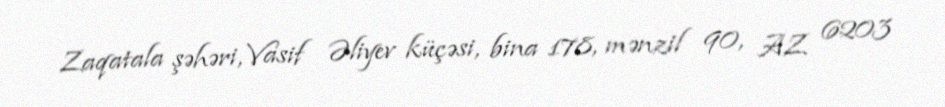
Zaqatala şəhəri, Vasif Əliyev küçəsi, bina 178, mənzil 90, AZ 6203